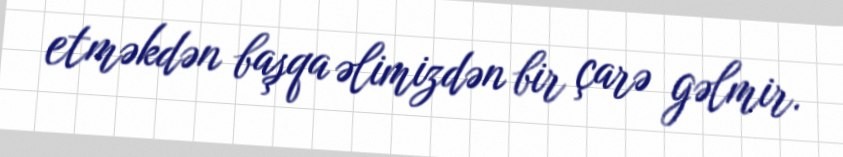
etməkdən başqa əlimizdən bir çarə gəlmir.